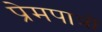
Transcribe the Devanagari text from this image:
प्रेमपात्रों